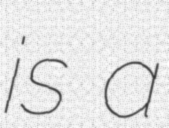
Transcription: is a